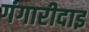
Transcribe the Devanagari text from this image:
गंगारीदाइ